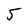
Character: 5